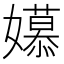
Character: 𫲎